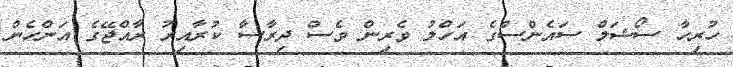
ހުރިހާ ސޯޝަލް ސައެންސްގެ އަހްލު ވެރިން ވެސް ދިރާސާ ކުރާއިރު ރާއްޖޭގެ އަންހެން